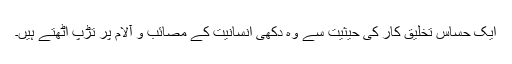
ایک حساس تخلیق کار کی حیثیت سے وہ دکھی انسانیت کے مصائب و آلام پر تڑپ اٹھتے ہیں۔